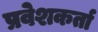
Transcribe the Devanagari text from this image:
प्रवेशकर्ता